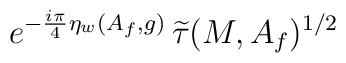
e^{-\frac{i\pi}{4}\eta_w(A_f,g)}\,\widetilde{\tau}(M,A_f)^{1/2}